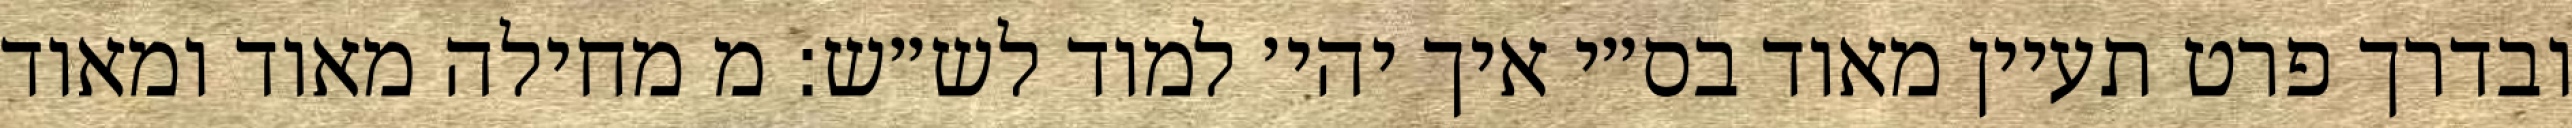
ובדרך פרט תעיין מאוד בס״י איך יהי׳ למוד לש״ש: מ מחילה מאוד ומאוד